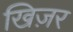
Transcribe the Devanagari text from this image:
खिज़र